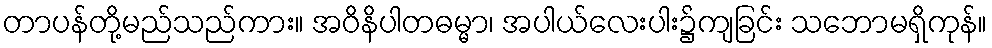
တာပန်တို့မည်သည်ကား။ အဝိနိပါတဓမ္မာ၊ အပါယ်လေးပါး၌ကျခြင်း သဘောမရှိကုန်။